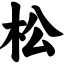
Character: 松